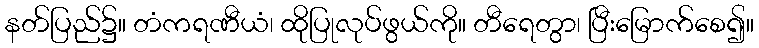
နတ်ပြည်၌။ တံကရဏီယံ၊ ထိုပြုလုပ်ဖွယ်ကို။ တီရေတွာ၊ ပြီးမြောက်စေ၍။